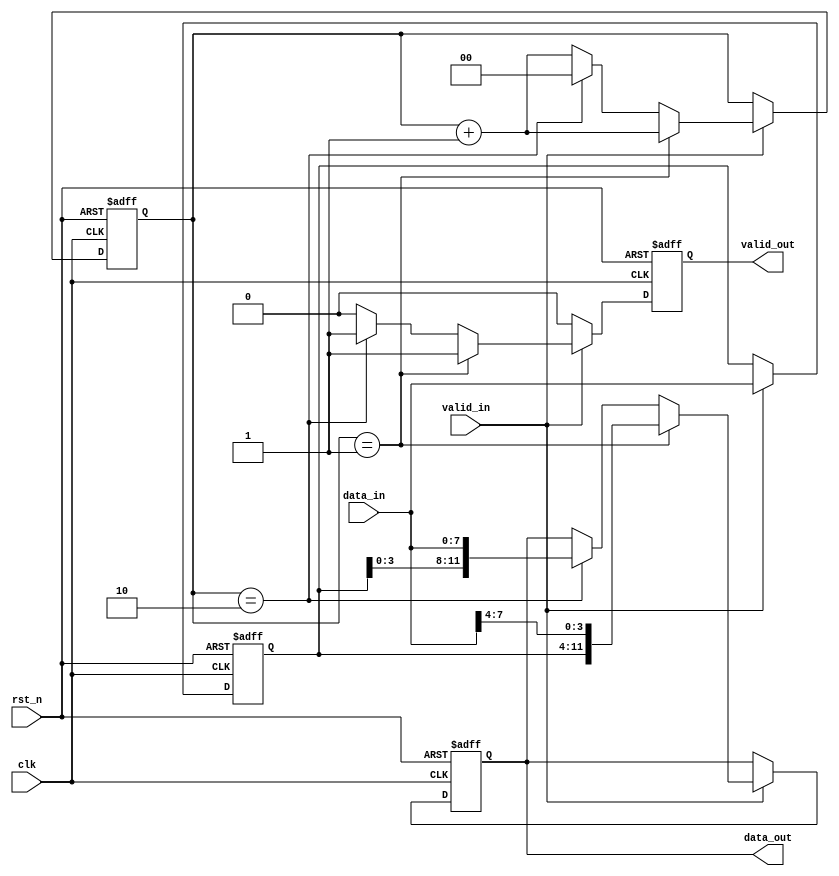
// ======================================================================
// Affiliation:			Tsinghua Univ
// Module Name:			width_8to12
// Description:			data width transfer
// Additional Comments:	VL33 on nowcoder
// ======================================================================

`timescale 1ns/1ns

module width_8to12 (
	input	wire				rst_n,
	input	wire				clk,
	input	wire	[7: 0]		data_in,
	input	wire				valid_in,
	output	wire				valid_out,
	output	wire	[11: 0]		data_out
);

reg					valid_out_reg;
reg		[11: 0]		data_out_reg;
reg		[7: 0]		data_temp;
reg		[1: 0]		cnt;

assign	valid_out  =  valid_out_reg;
assign	data_out   =  data_out_reg;

always @(posedge clk or negedge rst_n) begin
	if (~rst_n) begin
		valid_out_reg <= 1'b0;
		data_out_reg <= 12'd0;
		data_temp <= 8'd0;
		cnt <= 2'd0;
	end
	else begin
		if (valid_in) begin
			cnt <= cnt + 2'd1;
			data_temp <= data_in;
			if (cnt == 2'd1) begin
				valid_out_reg <= 1'b1;
				data_out_reg <= {data_temp, data_in[7: 4]};
			end
			else if (cnt == 2'd2) begin
				cnt <= 2'd0;
				valid_out_reg <= 1'b1;
				data_out_reg <= {data_temp[3: 0], data_in};
			end
			else begin
				valid_out_reg <= 1'b0;
			end
		end
		else begin
			valid_out_reg <= 1'b0;
		end
	end
end

endmodule